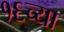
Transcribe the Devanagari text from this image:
१६च्या